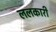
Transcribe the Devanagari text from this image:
ललकारी